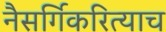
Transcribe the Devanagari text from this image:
नैसर्गिकरित्याच